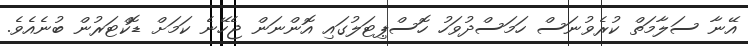
އޭނާ ސަލާމަތް ކުރެވުނަސް ހަމަސްދުވަހު ހޮސްޕިޓަލުގައި އޮންނަން ޖެހޭނެ ކަމަށް ޑޮކްޓަރުން ބުނެއެވެ.